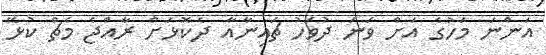
އަންނަ މަހުގެ އަށް ވަނަ ދުވަހު ޗައިނާއާ ދެކޮޅަށް ރާއްޖެ މެޗް ކުޅޭ